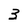
Character: 3